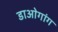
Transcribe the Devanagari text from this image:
डाओगांग